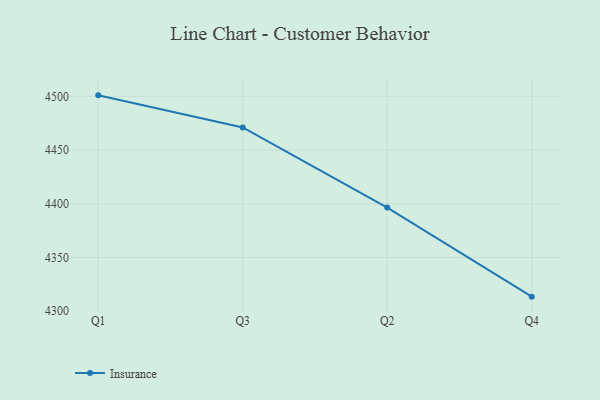
{"axis": {"x": "Quarter", "y": "Inventory Turnover"}, "legend": ["Insurance"], "data": [{"x": "Q1", "y": 4500.9, "type": "Insurance"}, {"x": "Q3", "y": 4471.0, "type": "Insurance"}, {"x": "Q2", "y": 4396.4, "type": "Insurance"}, {"x": "Q4", "y": 4313.5, "type": "Insurance"}]}